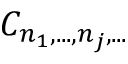
C _ { n _ { 1 } , . . . , n _ { j } , . . . }